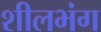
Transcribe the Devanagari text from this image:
शीलभंग